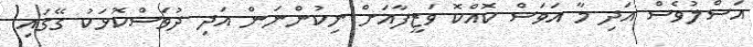
އަސްލުވެސް އަދި މާ އަވަސް ކޮއްކޮ ވަޒީފާއަށް ނިކުންނަން އަދި ދުވަސްކޮޅަކު ގޭގައި